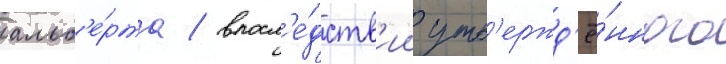
альб'е́рта / впосл'е́дств'ии утв'ержд'ё́нного